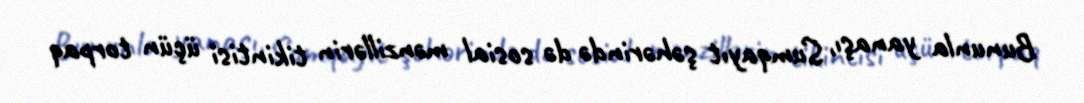
Bununla yanaşı, Sumqayıt şəhərində də sosial mənzillərin tikintisi üçün torpaq